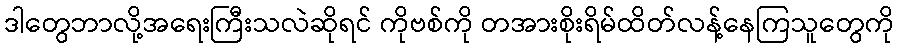
ဒါတွေဘာလို့အရေးကြီးသလဲဆိုရင် ကိုဗစ်ကို တအားစိုးရိမ်ထိတ်လန့်နေကြသူတွေကို